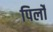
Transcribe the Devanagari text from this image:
पिर्लो